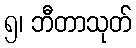
၅၊ ဘီတာသုတ်